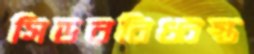
সিডরবিধ্বস্ত